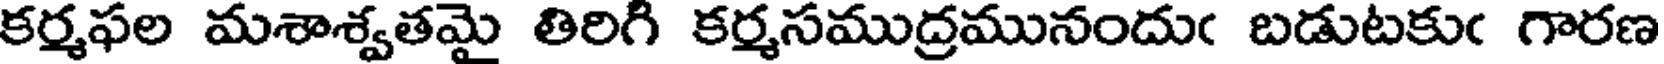
కర్మఫల మశాశ్వతమై తిరిగి కర్మసముద్రమునందుఁ బడుటకుఁ గారణ